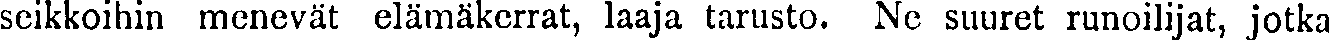
seikkoihin menevät elämäkerrat, laaja tarusto. Ne suuret runoilijat, jotka